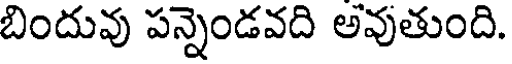
బిందువు పన్నెండవది అవుతుంది.